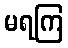
မရကြ